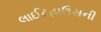
લાઈટહાઉસની